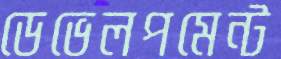
ডেভেলপমেন্ট